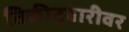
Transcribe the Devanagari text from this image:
तिकीट्बारीवर